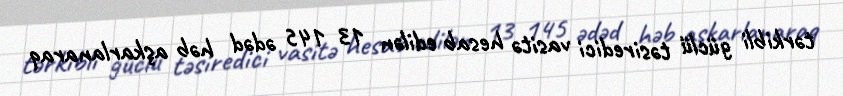
tərkibli güclü təsiredici vasitə hesab edilən 13 145 ədəd həb aşkarlanaraq